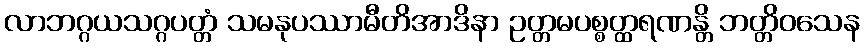
လာဘဂ္ဂယသဂ္ဂပတ္တံ သမနုပဿာမီတိအာဒိနာ ဥတ္တမပစ္စတ္ထရဏန္တိ ဘတ္တိဝသေန